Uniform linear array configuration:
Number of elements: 48
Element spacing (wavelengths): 0.5
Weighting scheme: exponential
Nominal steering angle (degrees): -30
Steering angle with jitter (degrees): -30.998
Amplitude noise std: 0.05
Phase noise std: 0.05

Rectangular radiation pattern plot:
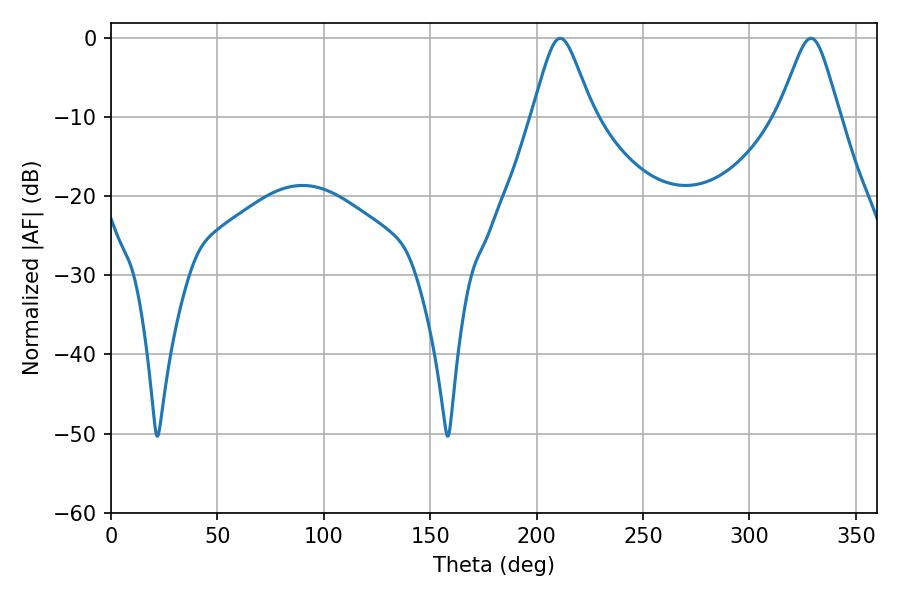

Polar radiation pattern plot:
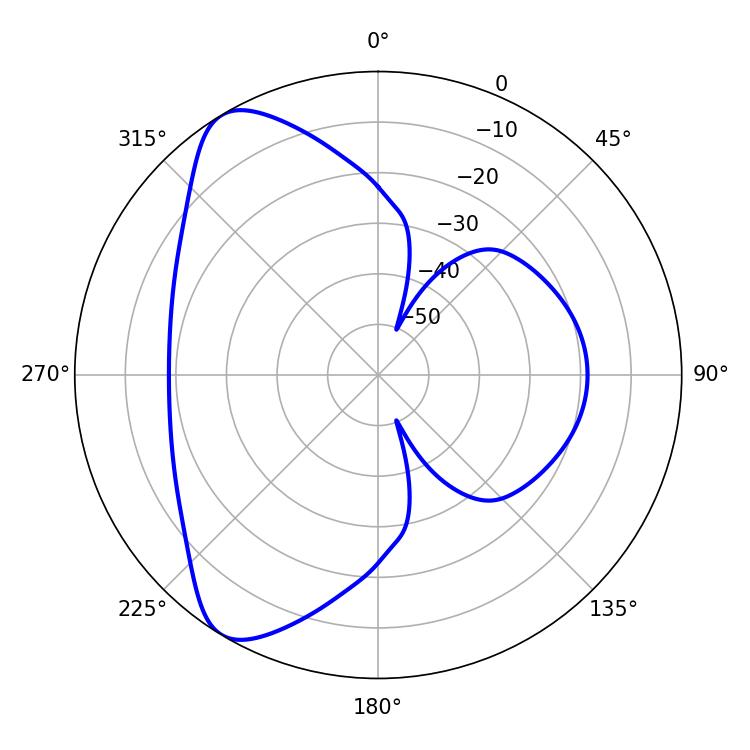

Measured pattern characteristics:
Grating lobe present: FALSE
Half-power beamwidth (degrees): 13.5
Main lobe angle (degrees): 211.14